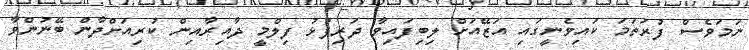
ނަމަވެސް ފުރަތަމަ ކައިވެނީގައި އަޒޭއަށް ލިބިފައިވާ ދަރިފުޅު ފިލްމީ ދާއިރާއިން ކުރިއަށްދާން ބޭނުންވާ